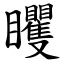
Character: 䂄